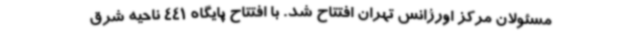
مسئولان مرکز اورژانس تهران افتتاح شد. با افتتاح پایگاه 441 ناحیه شرق